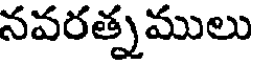
నవరత్నములు